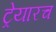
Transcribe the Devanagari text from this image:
ट्रेयारच